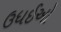
ઉધઈઓ